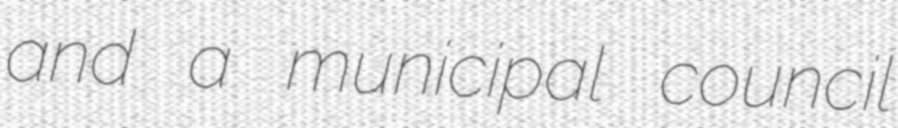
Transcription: and a municipal council